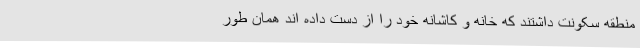
منطقه سکونت داشتند که خانه و کاشانه خود را از دست داده اند همان طور